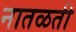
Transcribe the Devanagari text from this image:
नातळती